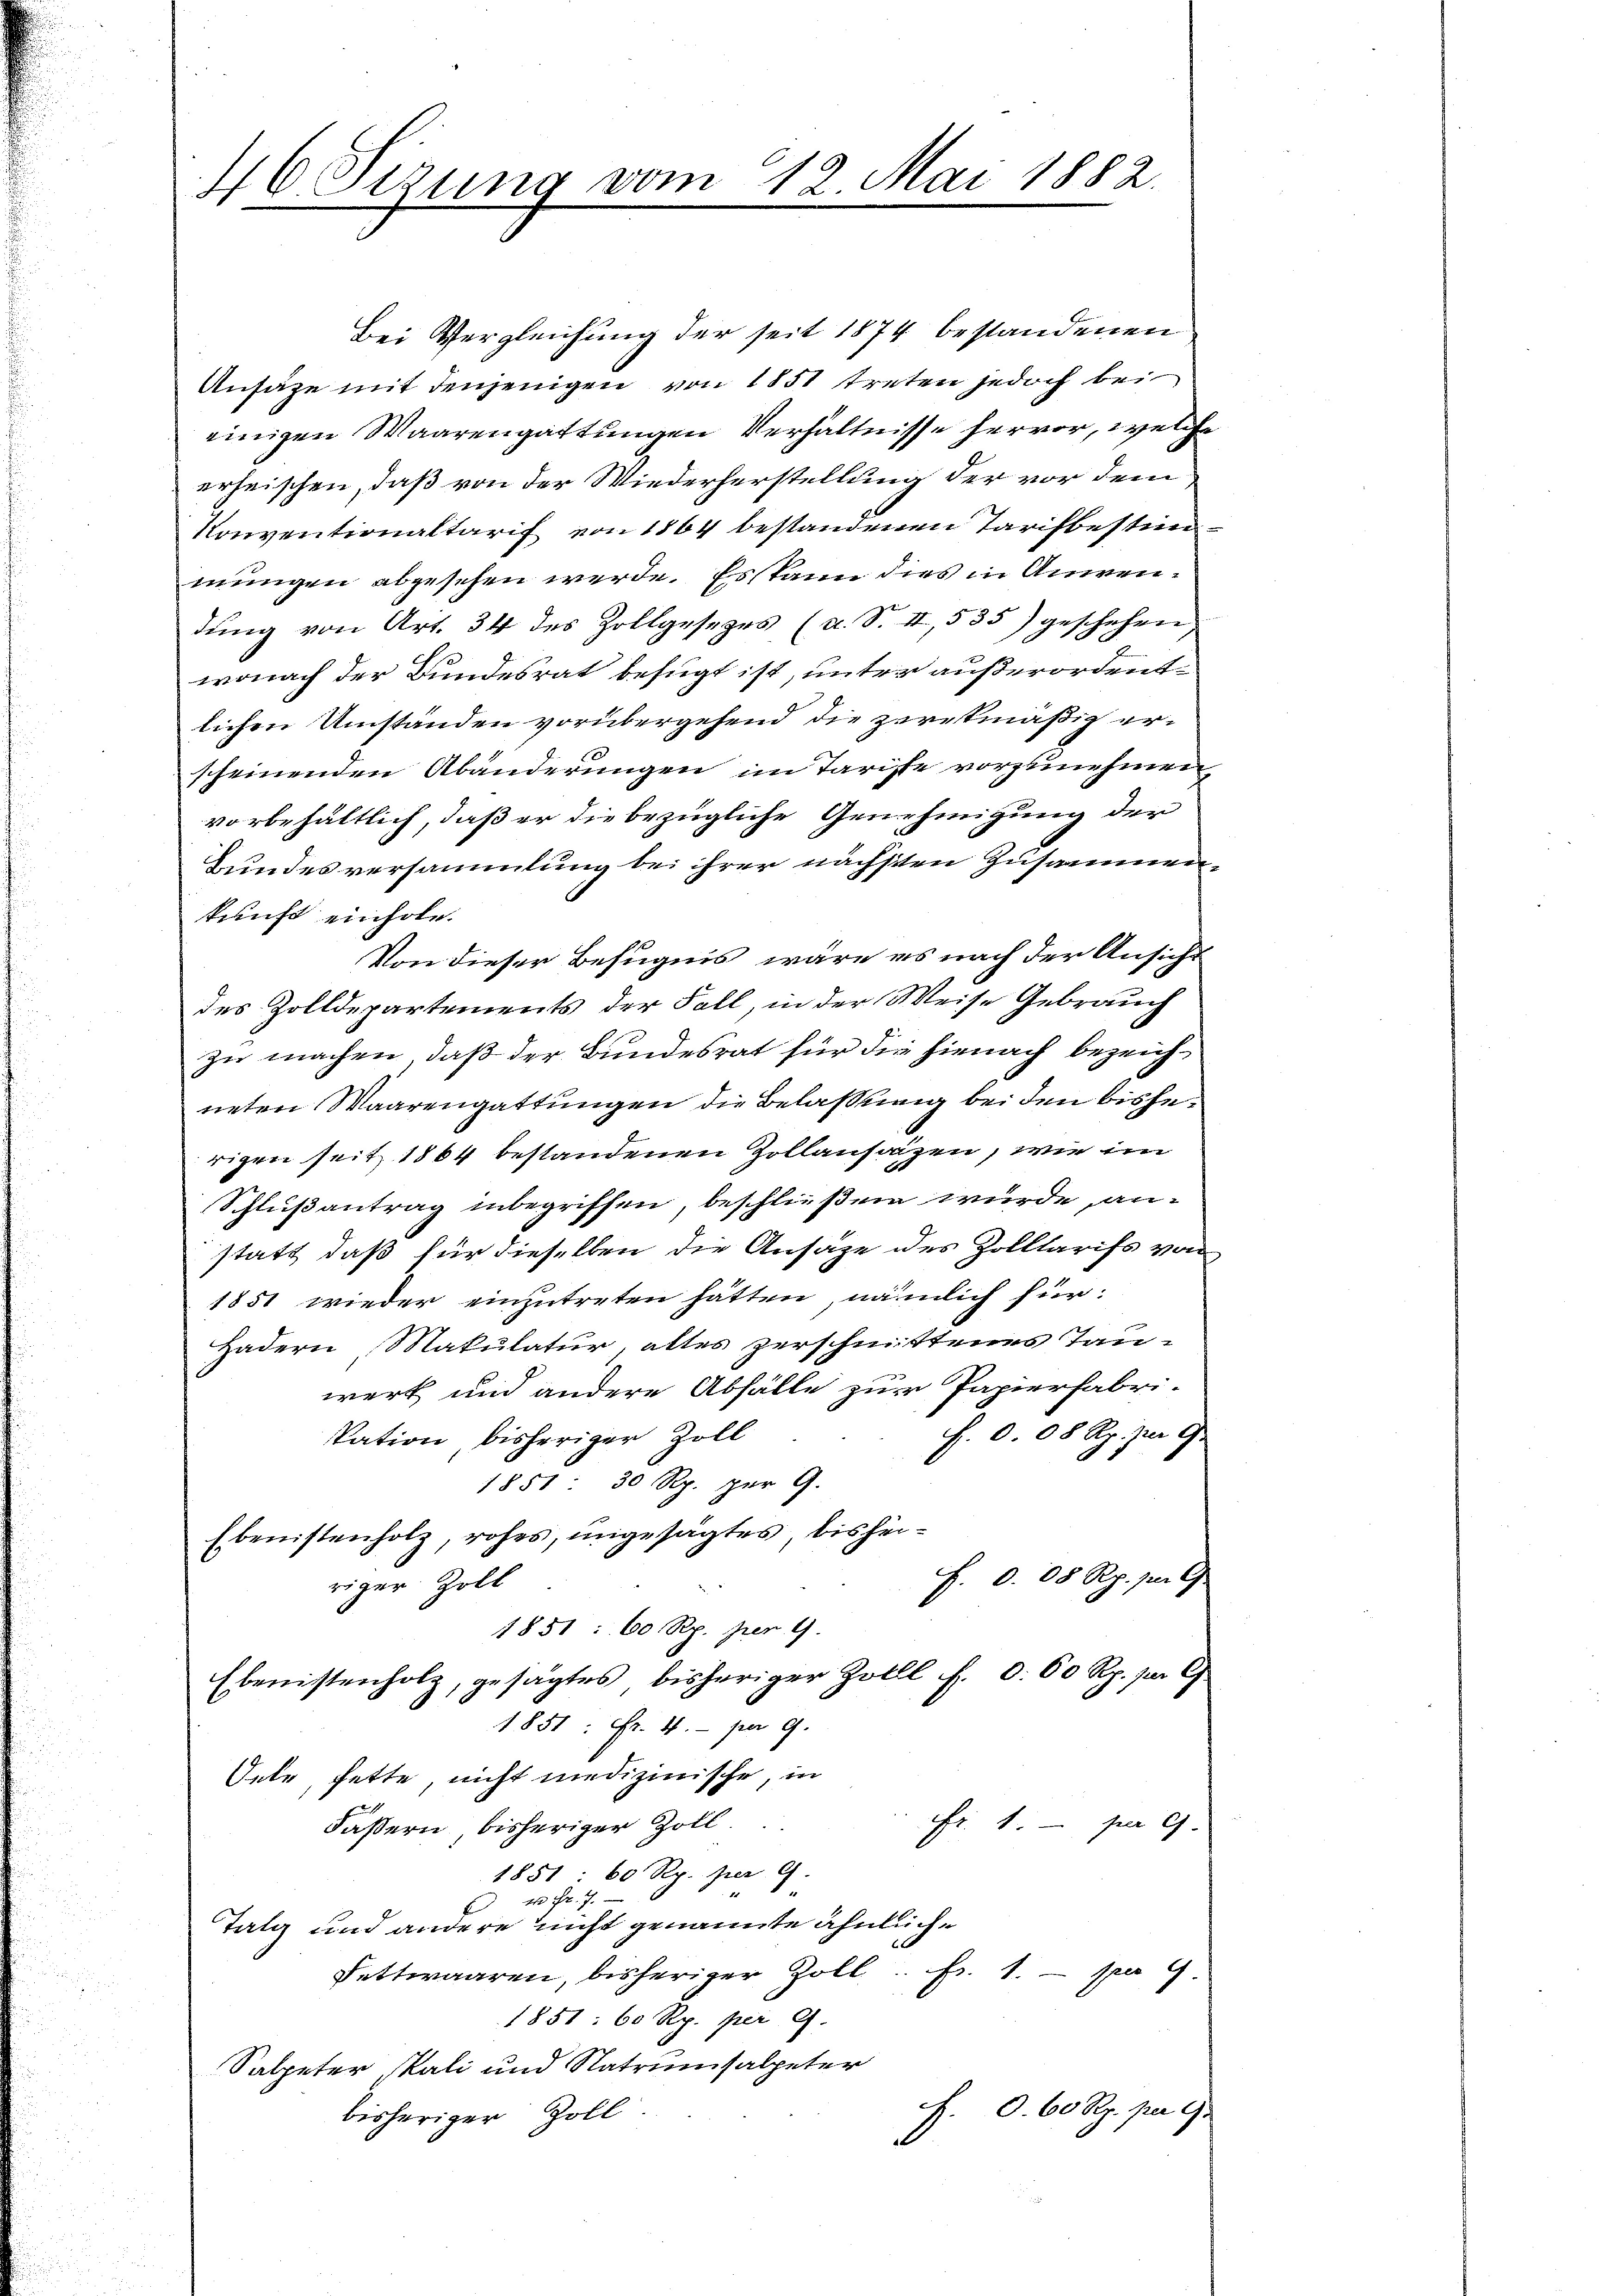
46 Sizung vom 12 Mai 1882.

Bei Vergleichung der seit 1874 bestandenen
Ansäze mit denjenigen von 1851 treten jedoch bei
einigen Waarengattungen Verhältnisse hervor, welche
erheischen, daß von der Wiederherstellung der vor dem
Konventionaltarif von 1864 bestandenen Tarifbestimmungen abgesehen werde. Es kann dies in Anwendŭng von Art. 34 des Zollgesezes (a. S. II, 535) geschehen,
wonach der Bundesrat befugt ist, unter außerordentlichen Umständen vorübergehend die zwekmäßig erscheinenden Abänderungen im Tariste vorzunehmen,
vorbehältlich, daß er die bezügliche Genehmigung der
Bundesversammlung bei ihrer nächsten Zusammenkunft einhole.
Von dieser Befugnis, wäre es nach der Ansicht
des Zolldepartements der Fall, in der Weise Gebrauch
zu machen, daß der Bundesrat für die hienach bezeichneten Waarengattungen die Belassung bei den bisherigen seit 1864 bestandenen Zollaufazen, wie im
Schlußantrag inbegriffen, beschließen wurde, anstatt, daß für dieselben die Ansätze des Zolltarifs von
1851 wieder einzutreten hätten, nämlich für
Hadern Makulatur, altes zerschnittenes Tauwerk und andere Abfälle zur Papierfabri-
F. 0. 08 Rp. zur Ge
Vation bisheriger Zoll
1851 30 Rp. per 9.
Ebenistenholz, rohes, ungesagtes, bishei¬
F. 0. 08 Rp. pr. G
riger Zoll
1851: 60 Rp. per 9
Ebenistenholz, gesagtes bisheriger Zoll f. d. 60 Rp. per E
1851: Fr. 4. per 9.
Orte, fette, nicht medizinische, in
Fr. 1. per 9.
Fäßern, bisheriger Zoll.
1851: 60 Rp. per 9.
Talg und andere der nicht genannte Ähnliche
Fettwaaren, bisheriger Zoll Fr. 1. - pro 9.
1851: 60 Rp. per 9.
Salpeter Kali und Natrumsalpeter
F. O. 60 Rp. per 9
bisheriger Zoll